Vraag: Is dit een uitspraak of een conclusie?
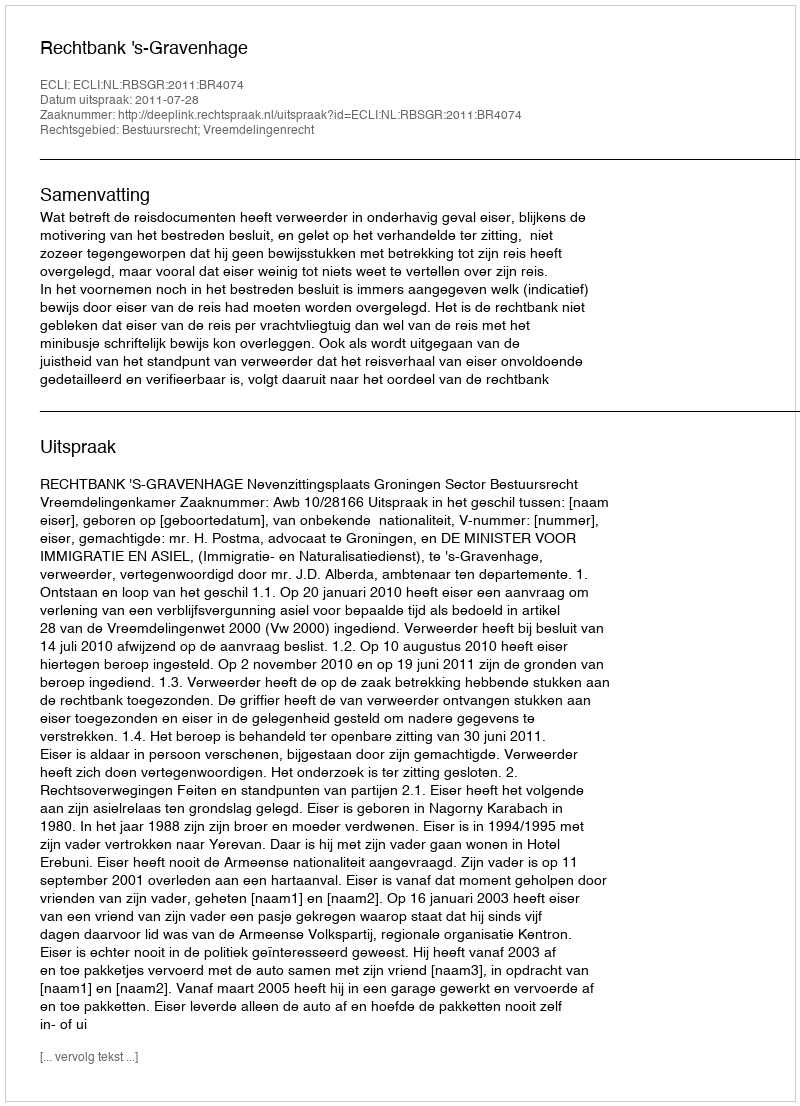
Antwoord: Uitspraak